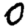
Digit: 0